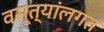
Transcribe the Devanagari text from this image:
वस्त्यांलगत